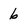
Character: 6